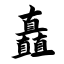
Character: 矗